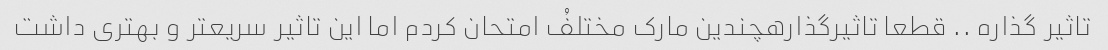
تاثیر گذاره .. قطعا تاثیرگذارهچندین مارک مختلفُ امتحان کردم اما این تاثیر سریعتر و بهتری داشت